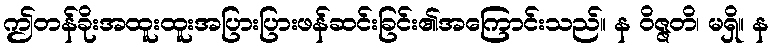
ဤတန်ခိုးအထူးထူးအပြားပြားဖန်ဆင်းခြင်း၏အကြောင်းသည်။ န ဝိဇ္ဇတိ၊ မရှိ။ န